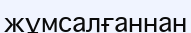
жұмсалғаннан